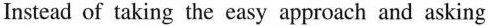
Instead of taking the easy approach and asking